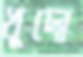
খুদো